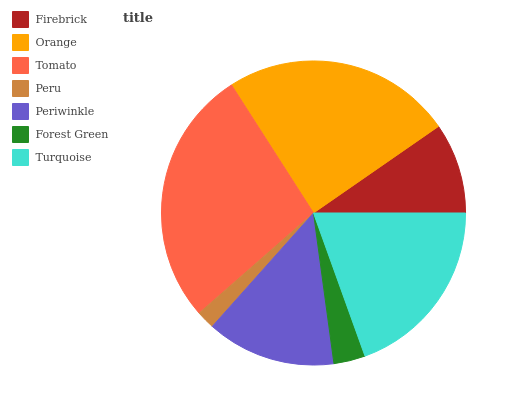
| Firebrick | Orange | Tomato | Peru | Periwinkle | Forest Green | Turquoise |
 | --- | --- | --- | --- | --- | --- | --- |
 | 9.65% | 24.4% | 27.4% | 1.96% | 13.7% | 3.36% | 19.6% |